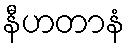
နီဟတာနံ